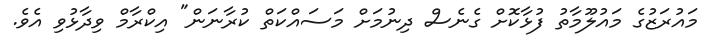
މައުރަޒުގެ މައުލޫމާތު ފުޅާކޮށް ގެނެސް ދިނުމަށް މަސައްކަތް ކުރާނަން" އިކްރާމް ވިދާޅުވި އެވެ.